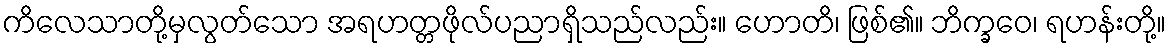
ကိလေသာတို့မှလွတ်သော အရဟတ္တဖိုလ်ပညာရှိသည်လည်း။ ဟောတိ၊ ဖြစ်၏။ ဘိက္ခဝေ၊ ရဟန်းတို့။